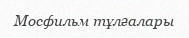
Мосфильм тұлғалары